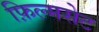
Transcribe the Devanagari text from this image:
फ़िल्मसेट